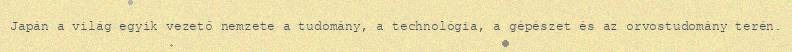
Japán a világ egyik vezető nemzete a tudomány, a technológia, a gépészet és az orvostudomány terén.